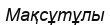
Мақсұтұлы